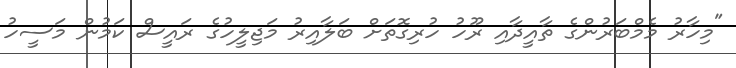
"މިހާރު މެމްބަރުންގެ ތާއީދާއި ރޫހު ހުރިގޮތަށް ބަލާއިރު މަޖިލީހުގެ ރައީސް ކަމުން މަސީހު